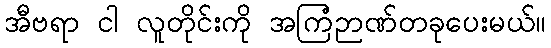
အီဗရာ ငါ လူတိုင်းကို အကြံဉာဏ်တခုပေးမယ်။